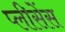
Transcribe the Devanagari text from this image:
प्लीसेंस